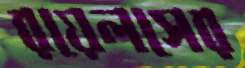
রয়েলসের